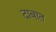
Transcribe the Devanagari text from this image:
दाबात